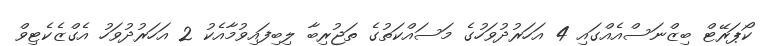
ކޯޕަރޭޓް ބިޒްނަސްއެއްގައި 4 އަހަރުދުވަހުގެ މަސައްކަތުގެ ތަޖުރިބާ ލިބިފައިވުމާއެކު 2 އަހަރުދުވަހު އެގްޒެކެޓިވް